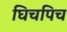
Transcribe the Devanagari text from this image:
घिचपिच